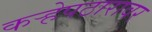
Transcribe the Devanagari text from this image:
कऱ्हेपठारावर